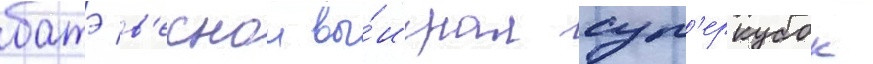
батэ в'еснои вы́играл суп'еркубок